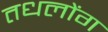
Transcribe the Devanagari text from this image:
तधलोंग